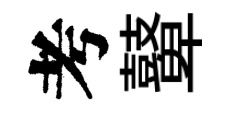
考鼙